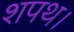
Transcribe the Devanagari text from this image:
शपथ।